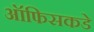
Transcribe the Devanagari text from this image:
ऑफिसकडे